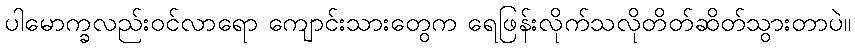
ပါမောက္ခလည်းဝင်လာရော ကျောင်းသားတွေက ရေဖြန်းလိုက်သလိုတိတ်ဆိတ်သွားတာပဲ။